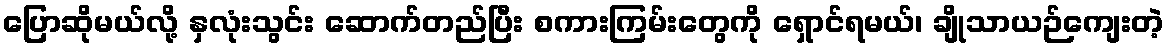
ပြောဆိုမယ်လို့ နှလုံးသွင်း ဆောက်တည်ပြီး စကားကြမ်းတွေကို ရှောင်ရမယ်၊ ချိုသာယဉ်ကျေးတဲ့